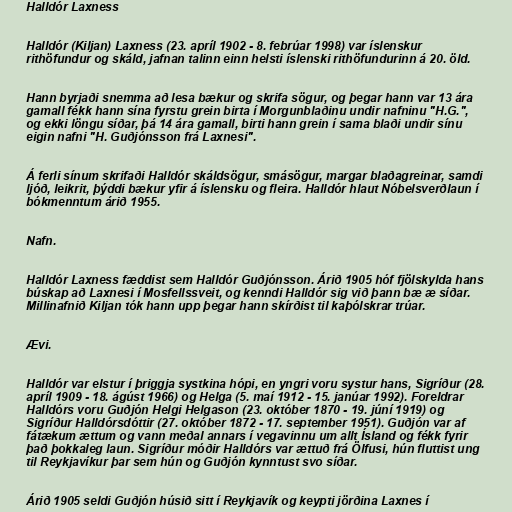
Halldór Laxness

Halldór (Kiljan) Laxness (23. apríl 1902 - 8. febrúar 1998) var íslenskur
rithöfundur og skáld, jafnan talinn einn helsti íslenski rithöfundurinn á 20. öld.

Hann byrjaði snemma að lesa bækur og skrifa sögur, og þegar hann var 13 ára
gamall fékk hann sína fyrstu grein birta í Morgunblaðinu undir nafninu "H.G.",
og ekki löngu síðar, þá 14 ára gamall, birti hann grein í sama blaði undir sínu
eigin nafni "H. Guðjónsson frá Laxnesi".

Á ferli sínum skrifaði Halldór skáldsögur, smásögur, margar blaðagreinar, samdi
ljóð, leikrit, þýddi bækur yfir á íslensku og fleira. Halldór hlaut Nóbelsverðlaun í
bókmenntum árið 1955.

Nafn.

Halldór Laxness fæddist sem Halldór Guðjónsson. Árið 1905 hóf fjölskylda hans
búskap að Laxnesi í Mosfellssveit, og kenndi Halldór sig við þann bæ æ síðar.
Millinafnið Kiljan tók hann upp þegar hann skírðist til kaþólskrar trúar.

Ævi.

Halldór var elstur í þriggja systkina hópi, en yngri voru systur hans, Sigríður (28.
apríl 1909 - 18. ágúst 1966) og Helga (5. maí 1912 - 15. janúar 1992). Foreldrar
Halldórs voru Guðjón Helgi Helgason (23. október 1870 - 19. júní 1919) og
Sigríður Halldórsdóttir (27. október 1872 - 17. september 1951). Guðjón var af
fátækum ættum og vann meðal annars í vegavinnu um allt Ísland og fékk fyrir
það þokkaleg laun. Sigríður móðir Halldórs var ættuð frá Ölfusi, hún fluttist ung
til Reykjavíkur þar sem hún og Guðjón kynntust svo síðar.

Árið 1905 seldi Guðjón húsið sitt í Reykjavík og keypti jörðina Laxnes í